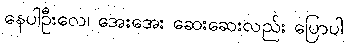
နေပါဦးလေ၊ အေးအေး ဆေးဆေးလည်း ပြောပါ